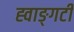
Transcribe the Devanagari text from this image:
ह्वाङ्‌गटी